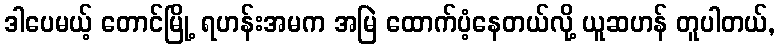
ဒါပေမယ့် တောင်မြို့ ရဟန်းအမက အမြဲ ထောက်ပံ့နေတယ်လို့ ယူဆဟန် တူပါတယ်,